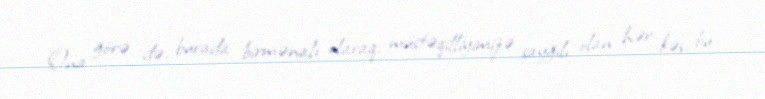
Ona görə də, burada birmənalı olaraq, müstəqilliyimizə sayğılı olan hər kəs bu